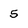
Character: 5